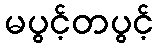
မပွင့်တပွင့်